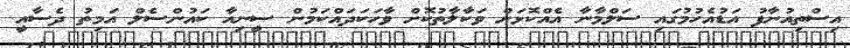
އިސްތިއުނާފު އަޑުއެހުމުގައި ސަލްމާނާ އެއްކޮޅަށް ވަކާލާތުކޮށް ވާހަކަދައްކަމުން ސީނިއާ ކައުންސެލް އަމިތު ދެސާއީ